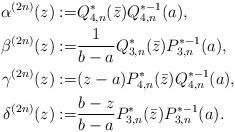
LaTeX: \begin{align*} \alpha^{(2n)}(z):=&Q_{4,n}^*(\bar z)Q_{4,n}^{*-1}(a), \\ \beta^{(2n)}(z):=&\frac{1}{b-a}Q_{3,n}^*(\bar z)P_{3,n}^{*-1}(a), \\ \gamma^{(2n)}(z):=&(z-a)P_{4,n}^*(\bar z)Q_{4,n}^{*-1}(a), \\ \delta^{(2n)}(z):=&\frac{b-z}{b-a}P_{3,n}^*(\bar z)P_{3,n}^{*-1}(a). \end{align*}